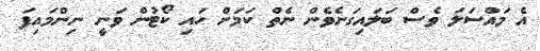
އެ މައްސަލަ ވެސް ބަލައިގަނެވެން ނެތް ކަމަށް ހައި ކޯޓުން ވަނީ ނިންމައިފަ